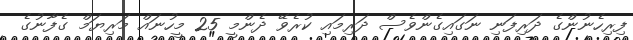
ފިރިހެނުންގެ ދަރިފަނި ނަގައިގެންވެސް ދަރިމައި ކުރެވޭ ދެންމީ 25 މީހުނައް މަރިޔަމް ގެފާނުގެ